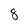
Character: 8